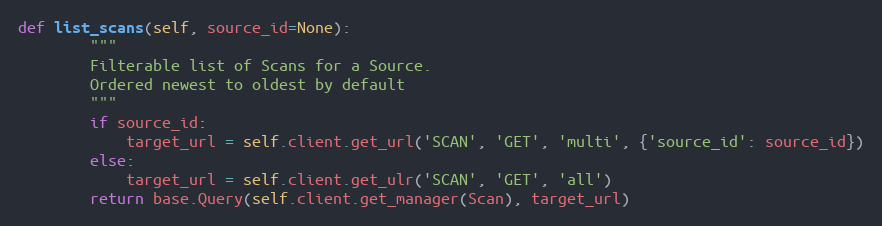
Language: Python
def list_scans(self, source_id=None):
        """
        Filterable list of Scans for a Source.
        Ordered newest to oldest by default
        """
        if source_id:
            target_url = self.client.get_url('SCAN', 'GET', 'multi', {'source_id': source_id})
        else:
            target_url = self.client.get_ulr('SCAN', 'GET', 'all')
        return base.Query(self.client.get_manager(Scan), target_url)